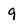
Character: 9